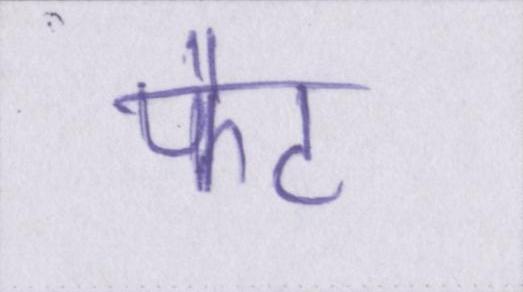
फैट